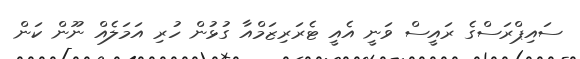
ސައިޕްރަސްގެ ރައީސް ވަނީ އެއީ ޓެރަރިޒަމްއާ ގުޅުން ހުރި އަމަލެއް ނޫން ކަން